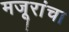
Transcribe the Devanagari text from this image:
मजूरांचा